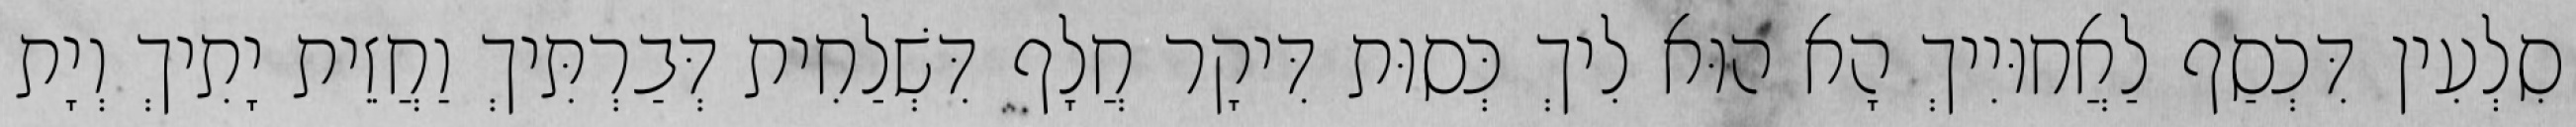
סִלְעִין דִּכְסַף לַאֲחוּיִיךְ הָא הוּא לִיךְ כְּסוּת דִּיקָר חֲלָף דִּשְׁלַחִית דְּבַרְתִּיךְ וַחֲזֵית יָתִיךְ וְיָת